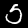
Digit: 5